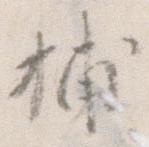
捕